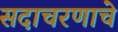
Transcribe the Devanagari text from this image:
सदाचरणाचे